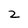
Character: 2